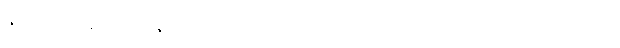
နိုင်ငံရေး မုန်တိုင်းထန်တဲ့ ပြည်တွင်းစစ်အစကာလမှာ စတင်ခဲ့တဲ့ စာပေဗိမာန်ဆုဟာ